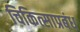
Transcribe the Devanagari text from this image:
चिकित्साप्रबंध